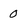
Character: 0